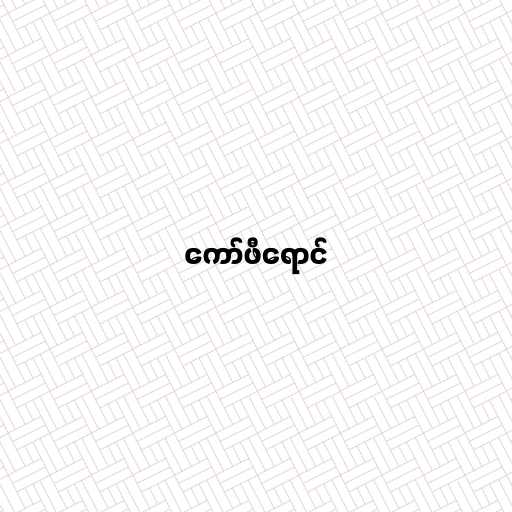
ကော်ဖီရောင်